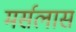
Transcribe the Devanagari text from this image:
मर्सलास